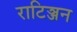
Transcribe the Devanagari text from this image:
राटिञ्जन